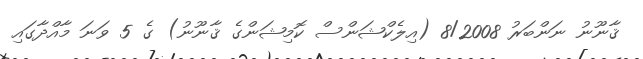
ޤާނޫނު ނަންބަރު 8/2008 (އިލެކްޝަންސް ކޮމިޝަންގެ ޤާނޫނު) ގެ 5 ވަނަ މާއްދާގައި